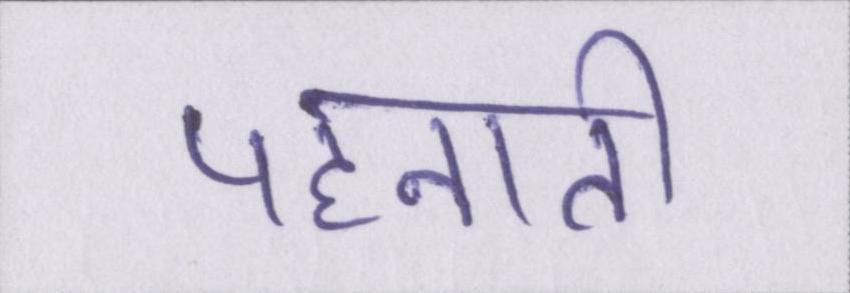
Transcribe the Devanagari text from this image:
पहनाती